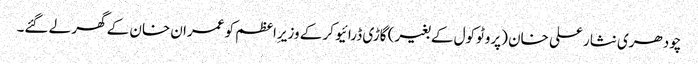
چودھری نثار علی خان (پروٹوکول کے بغیر) گاڑی ڈرائیو کر کے وزیرِاعظم کو عمران خان کے گھر لے گئے۔